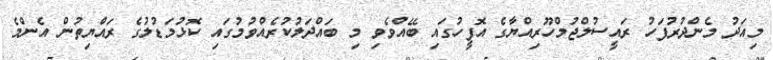
މިއަދު މެންދުރުފަހު ރައީސުލްޖުމްހޫރިއްޔާގެ އޮފީހުގައި ބޭއްވެވި މި ބައްދަލުކުރެއްވުމުގައި ކޮޅުމަޑުލުގެ ރައްޔިތުން އެންމެ